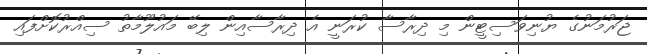
ޖަރުމަނުގެ ޔުނިވަސިޓީން މި ދިރާސާ ކުރަނީ އެ ދިރާސާއިން ލިބޭ މައުލޫމާތު ސިއްރުކޮށްފައި